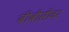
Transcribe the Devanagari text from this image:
बीबीसीवर